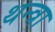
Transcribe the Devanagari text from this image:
थन्त्रा